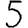
Digit: 5